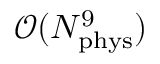
\mathcal { O } ( N _ { \mathrm { p h y s } } ^ { 9 } )